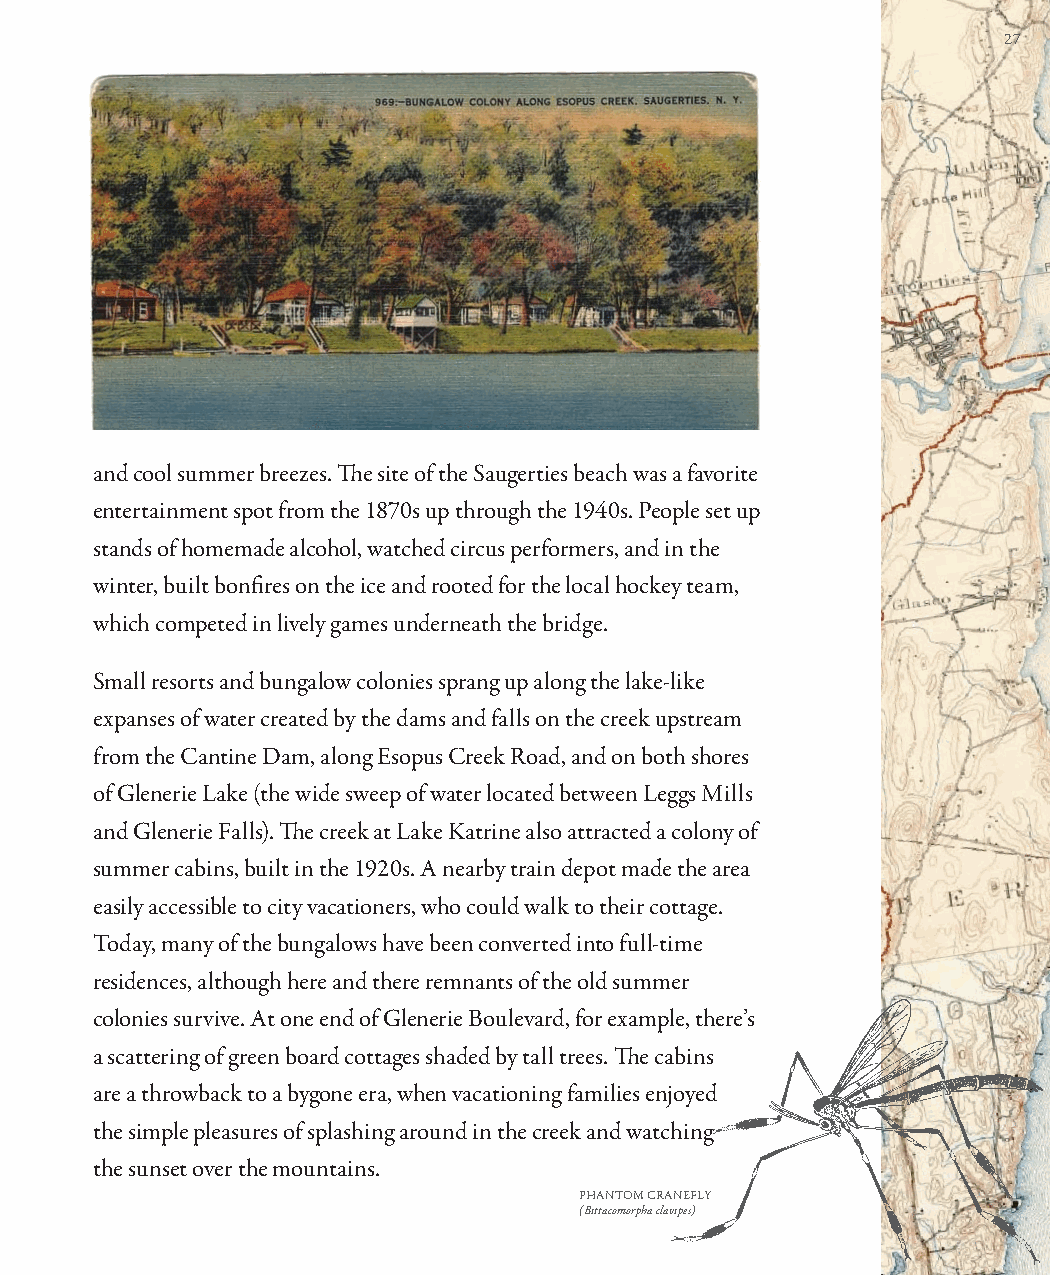
27
 and cool summer breezes. Th e site of the Saugerties beach was a favorite
 entertainment spot from the 1870s up through the 1940s. People set up
 stands of homemade alcohol, watched circus performers, and in the
 winter, built bonfi res on the ice and rooted for the local hockey team,
 which competed in lively games underneath the bridge.
 Small resorts and bungalow colonies sprang up along the lake-like
 expanses of water created by the dams and falls on the creek upstream
 from the Cantine Dam, along Esopus Creek Road, and on both shores
 of Glenerie Lake (the wide sweep of water located between Leggs Mills
 and Glenerie Falls). Th e creek at Lake Katrine also attracted a colony of
 summer cabins, built in the 1920s. A nearby train depot made the area
 easily accessible to city vacationers, who could walk to their cottage.
 Today, many of the bungalows have been converted into full-time
 residences, although here and there remnants of the old summer
 colonies survive. At one end of Glenerie Boulevard, for example, there’s
 a scattering of green board cottages shaded by tall trees. Th e cabins
 are a throwback to a bygone era, when vacationing families enjoyed
 the simple pleasures of splashing around in the creek and watching
 the sunset over the mountains.
 PHANTOM CRANEFLY
 (Bittacomorpha clavipes)